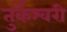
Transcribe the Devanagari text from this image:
तुर्केश्वरी